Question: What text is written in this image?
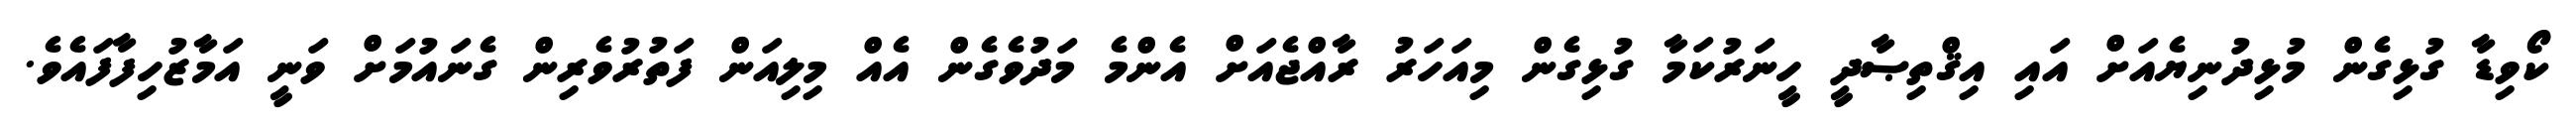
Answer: ކޯވިޑާ ގުޅިގެން މުޅިދުނިޔެއަށް އައި އިޤްތިޞާދީ ހީނަރުކަމާ ގުޅިގެން މިއަހަރު ރާއްޖެއަށް އެންމެ މަދުވެގެން އެއް މިލިއަން ފަތުރުވެރިން ގެނައުމަށް ވަނީ އަމާޒުހިފާފައެވެ.